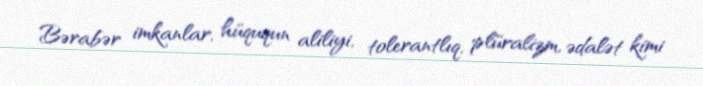
Bərabər imkanlar, hüququn aliliyi, tolerantlıq, plüralizm, ədalət kimi